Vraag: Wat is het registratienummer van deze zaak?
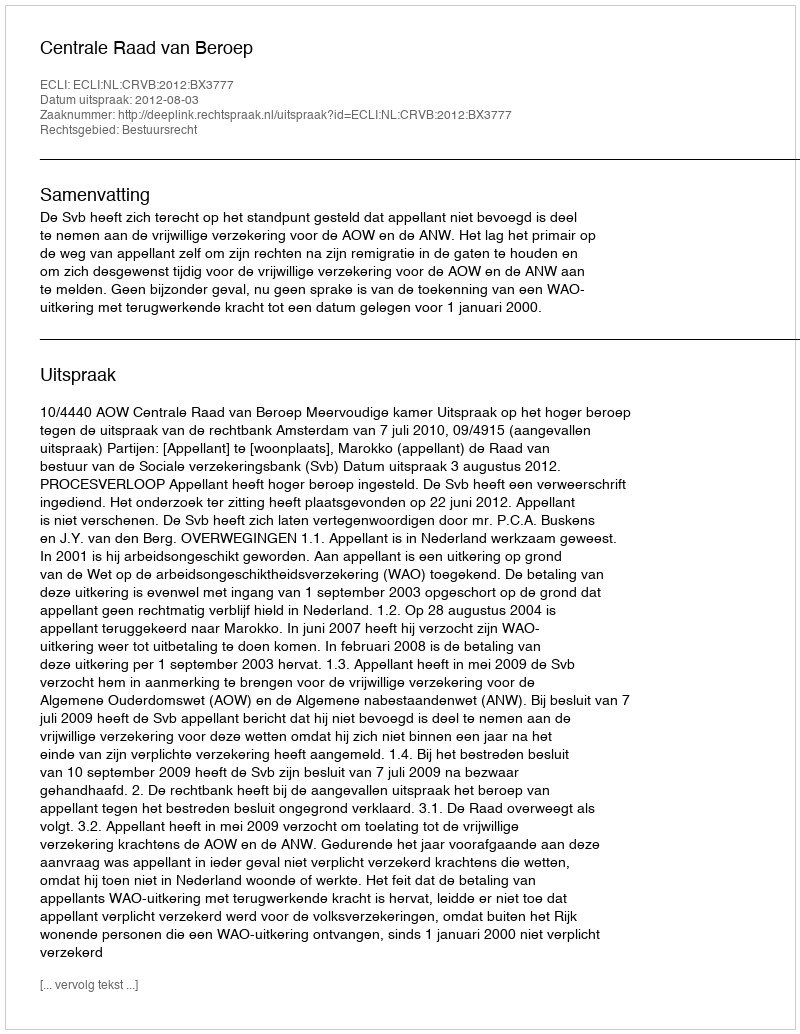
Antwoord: http://deeplink.rechtspraak.nl/uitspraak?id=ECLI:NL:CRVB:2012:BX3777